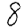
Digit: 8